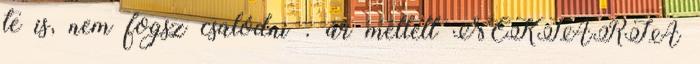
te is, nem fogsz csalódni . ár mellett NEKTÁRIA